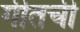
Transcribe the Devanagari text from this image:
गीतची